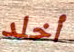
أخلد